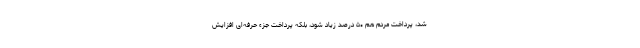
شد، پرداخت مردم هم ۵۰ درصد زیاد شود، بلکه پرداخت جزء حرفه‌ای افزایش